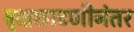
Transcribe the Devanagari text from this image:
वृक्षछाटणीनंतर